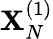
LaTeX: \mathbf{X}_{N}^{(1)}